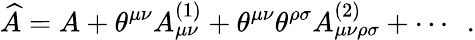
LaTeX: \widehat{A}=A+\theta^{\mu\nu}A_{\mu\nu}^{(1)}+\theta^{\mu\nu}\theta^{\rho\sigma}A_{\mu\nu\rho\sigma}^{(2)}+\cdots\ \ .